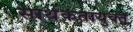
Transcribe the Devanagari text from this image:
सार्थकतायुक्त